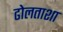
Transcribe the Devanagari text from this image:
ढोलताशा